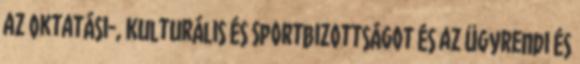
az Oktatási-, Kulturális és Sportbizottságot és az Ügyrendi és